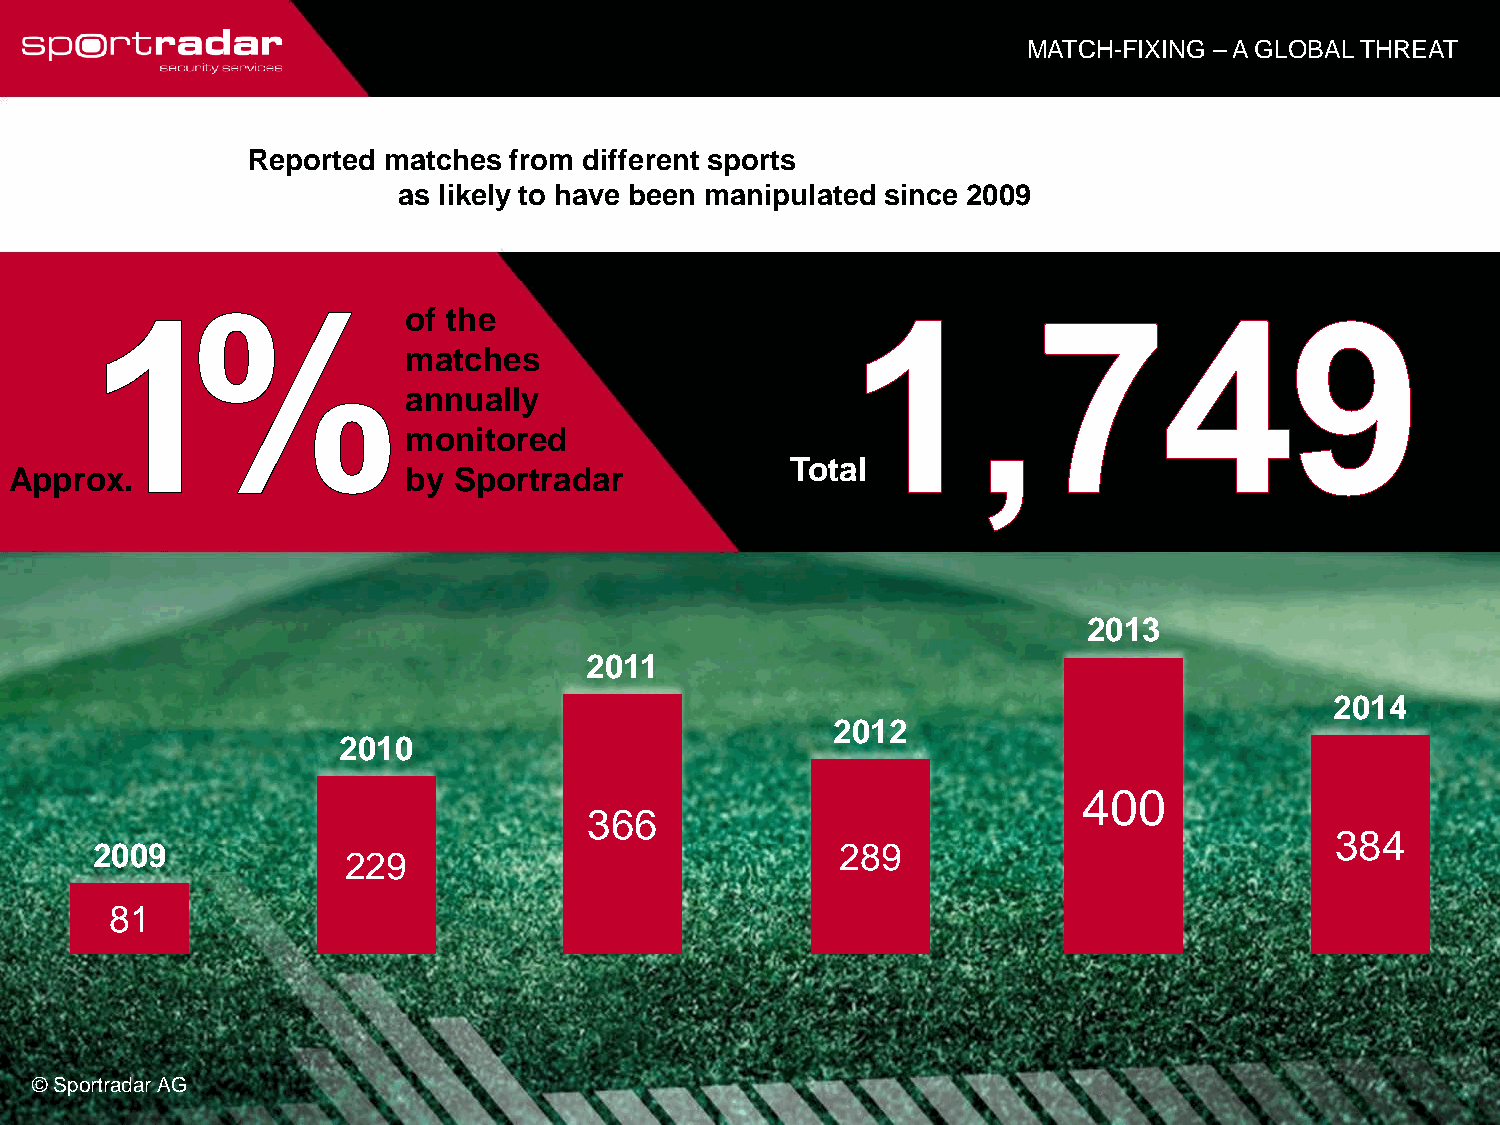
MATCH-FIXING – A GLOBAL THREAT
 Reported matches  from different sports
 as likely to have been manipulated since 2009
 of the
 matches
 annually
 monitored
 Total
 Approx.                   by Sportradar
 2013
 2011
 2014
 2012
 2010
 400
 366
 384
 2009                                              289
 229
 81
 © Sportradar AG